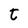
Character: t